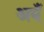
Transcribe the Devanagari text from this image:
अबँ